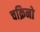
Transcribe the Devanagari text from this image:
चक्रिनो